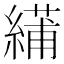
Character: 𫃾